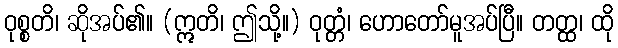
ဝုစ္စတိ၊ ဆိုအပ်၏။ (ဣတိ၊ ဤသို့။) ဝုတ္တံ၊ ဟောတော်မူအပ်ပြီ။ တတ္ထ၊ ထို